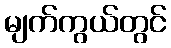
မျက်ကွယ်တွင်